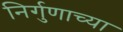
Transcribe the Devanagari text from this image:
निर्गुणाच्या